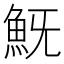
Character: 𩵪